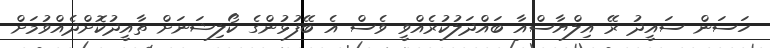
ހަސަން ސައީދު ރޭ އިލްޔާސްއާ ބައްދަލުކުރެއްވީ ވެސް އެ ބޭފުޅުންގެ ކޯލިޝަނަށް ތާއީދުކޮށްދެއްވުމަށް